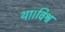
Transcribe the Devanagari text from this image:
था।विश्व